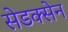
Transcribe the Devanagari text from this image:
सेडक्सेन